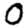
Digit: 0